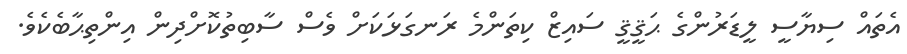
އެތައް ސިޔާސީ ލީޑަރުންގެ ޙަޤީޤީ ސައިޒް ކިތަންމެ ރަނގަޅަކަށް ވެސް ސާބިތުކޮށްދިން އިންތިޙާބެކެވެ.